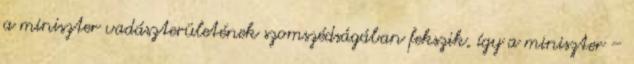
a miniszter vadászterületének szomszédságában fekszik, így a miniszter –